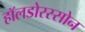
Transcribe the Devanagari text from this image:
हॉलडोरस्सोन